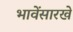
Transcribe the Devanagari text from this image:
भावेंसारखे